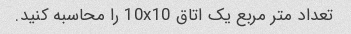
تعداد متر مربع یک اتاق 10x10 را محاسبه کنید.